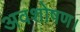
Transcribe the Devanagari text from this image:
अवशोषण।